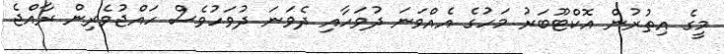
މީގެ އިތުރުން އޮކްޓޫބަރު މަހުގެ އެއްވަނަ ދުވަހާއި ދެވަނަ ދުވަހުވެސް ހައްޖުވެރިން ރާއްޖެ